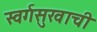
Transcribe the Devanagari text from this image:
स्वर्गसुखाची